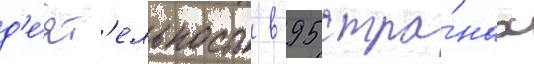
д'е́ят'ельность в 95 стра́нах